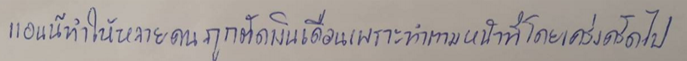
แอนน์ทำให้หลายคนถูกตัดเงินเดือนเพราะทำตามหน้าที่โดยเคร่งครัดไป